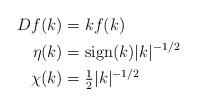
LaTeX: \begin{align*}Df(k)&=kf(k)\\\eta(k)&= \mathrm{sign}(k)|k|^{-1/2}\\\chi(k)&=\tfrac{1}{2}|k|^{-1/2}\end{align*}